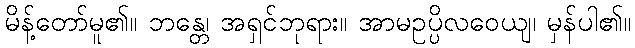
မိန့်တော်မူ၏။ ဘန္တေ၊ အရှင်ဘုရား။ အာမဥပ္ပိလဝေယျ၊ မှန်ပါ၏။